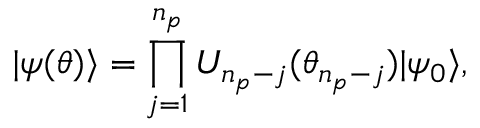
\ensuremath { \lvert { \psi ( { \boldsymbol { \theta } } ) } \rangle } = \prod _ { j = 1 } ^ { n _ { p } } U _ { n _ { p } - j } ( \theta _ { n _ { p } - j } ) \ensuremath { \lvert { \psi _ { 0 } } \rangle } ,